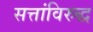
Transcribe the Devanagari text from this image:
सत्तांविरुद्ध